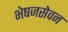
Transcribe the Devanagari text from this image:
भेषजसेवन